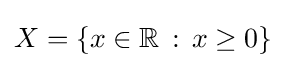
X=\{x\in \mathbb {R} \,:\,x\geq 0\}